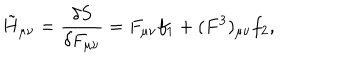
\tilde { H } _ { \mu \nu } = { \frac { \delta S } { \delta F _ { \mu \nu } } } = F _ { \mu \nu } f _ { 1 } + ( F ^ { 3 } ) _ { \mu \nu } f _ { 2 } ,